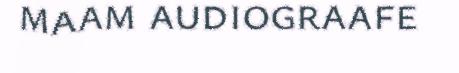
maam audiograafe